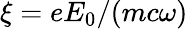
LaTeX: \xi=eE_{0}/(mc\omega)